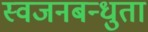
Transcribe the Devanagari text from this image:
स्वजनबन्धुता